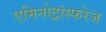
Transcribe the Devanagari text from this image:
एमिनोट्रांस्फरेज